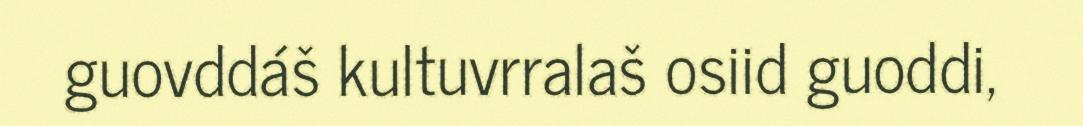
guovddáš kultuvrralaš osiid guoddi,